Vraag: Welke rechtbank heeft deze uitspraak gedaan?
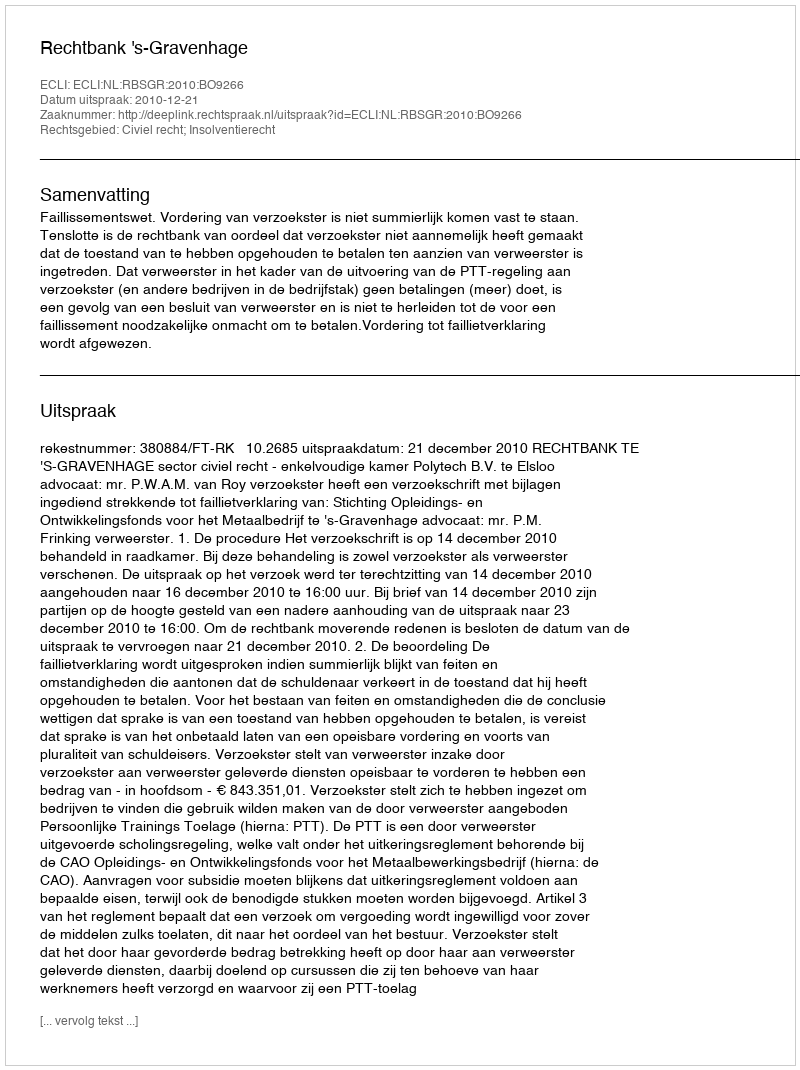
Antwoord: Rechtbank 's-Gravenhage